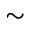
\sim